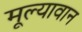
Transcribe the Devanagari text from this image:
मूल्‍यावान